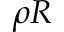
\rho R